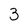
Character: 3